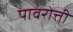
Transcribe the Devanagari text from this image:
पावरोत्ती